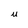
Character: U